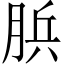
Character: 𦛼